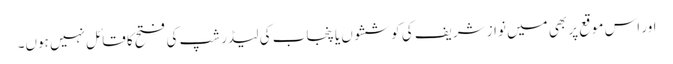
اور اس موقع پر بھی میں نواز شریف کی کوششوں یا پنجاب کی لیڈر شپ کی فتح کا قائل نہیں ہوں۔